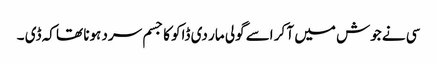
سی نے جوش میں آ کر اسے گولی مار دی ڈاکو کا جسم سرد ہونا تھا کہ ڈی ۔